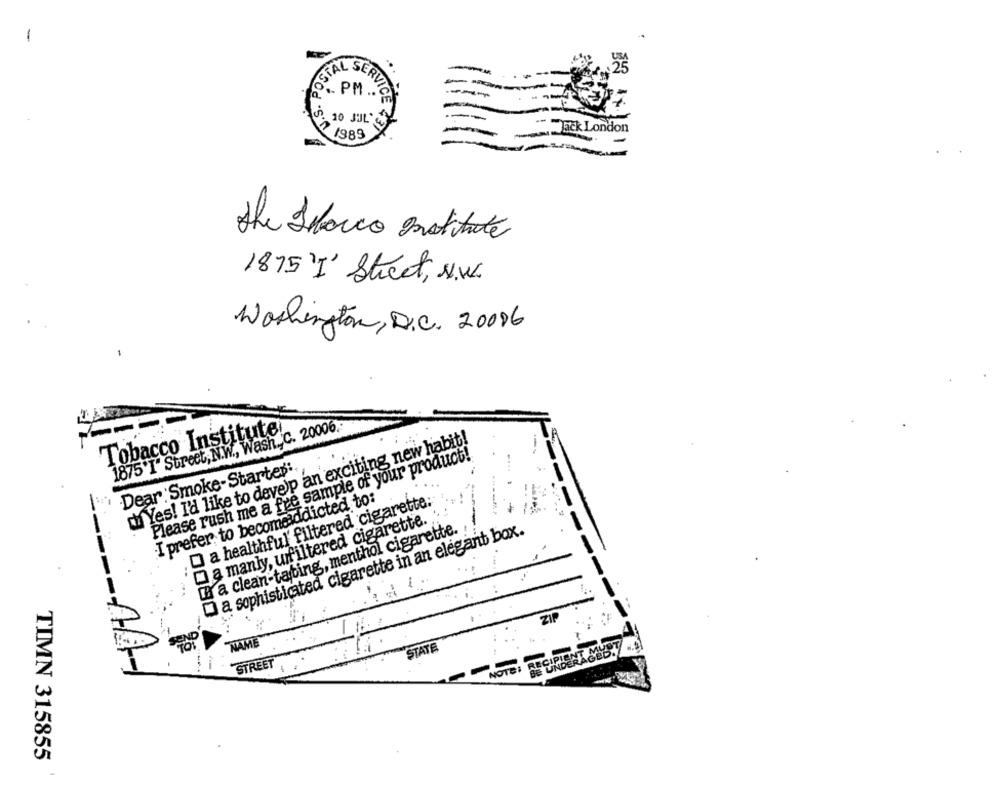
-
25
SESTAL SERL
S. PM ..
. 10 JUL'
Jack London
1 1989
AVICE TEX
She Sbarco mottate
1875'' Street, . we
Washington, D.C. 20086
Tobacco Institute
1875'I' Street, N.W ., Wash_C. 20006.
ch Yes! I'd like to deveip an exciting new habit!
Please rush me a fre sample of your product!
" Dear Smoke-Starter:
I prefer to becomeaddicted to:
O a healthful filtered cigarette:
a manly, unfiltered cigarette.
LA a clean-tating, menthol cigarette.
a sophisticated cigarette in an elegant box.
-----
1
ZIP
SEND
NAME
STATE
STREET
NOTE: RECIPE
TIMN 315855